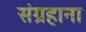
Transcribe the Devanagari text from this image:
संग्रहाना